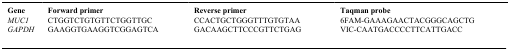
| Gene | Forward primer | Reverse primer | Taqman probe |
 | --- | --- | --- | --- |
 | MUC1 | CTGGTCTGTGTTCTGGTTGC | CCACTGCTGGGTTTGTGTAA | 6FAM-GAAAGAACTACGGGCAGCTG |
 | GAPDH | GAAGGTGAAGGTCGGAGTCA | GACAAGCTTCCCGTTCTGAG | VIC-CAATGACCCCTTCATTGACC |